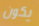
يكون